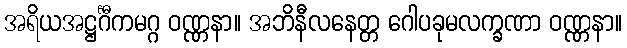
အရိယအဋ္ဌင်္ဂီကမဂ္ဂ ဝဏ္ဏနာ။ အဘိနီလနေတ္တ ဂေါပခုမလက္ခဏာ ဝဏ္ဏနာ။